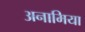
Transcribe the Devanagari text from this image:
अनामिया